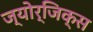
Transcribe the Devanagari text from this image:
ज्योर्जिक्स